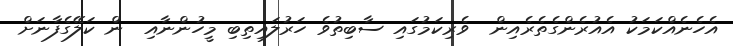
އެހެނެއްކަމަކު އެއުރެންގެތެރެއިން  ވެރިކަމުގައި ސާބިތުވެ ހަރުލައިތިބި މީހުންނާއި  ން ކަލޭގެފާނަށް